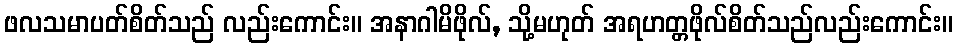
ဖလသမာပတ်စိတ်သည် လည်းကောင်း။ အနာဂါမိဖိုလ်, သို့မဟုတ် အရဟတ္တဖိုလ်စိတ်သည်လည်းကောင်း။